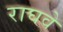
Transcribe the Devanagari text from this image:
राघवे